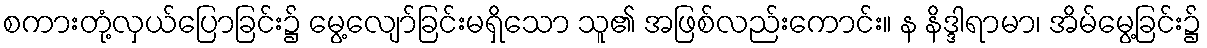
စကားတုံ့လှယ်ပြောခြင်း၌ မွေ့လျော်ခြင်းမရှိသော သူ၏ အဖြစ်လည်းကောင်း။ န နိဒ္ဒါရာမာ၊ အိမ်မွေ့ခြင်း၌